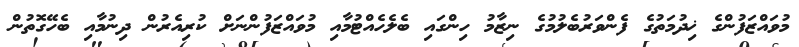
މުވައްޒަފުންގެ ޚިދުމަތުގެ ފެންވަރުބެލުމުގެ ނިޒާމު ހިންގައި ބެލެހެއްޓުމާއި މުވައްޒަފުންނަށް ކުރިއެރުން ދިނުމާއި ބެހޭގޮތުން